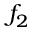
f _ { 2 }